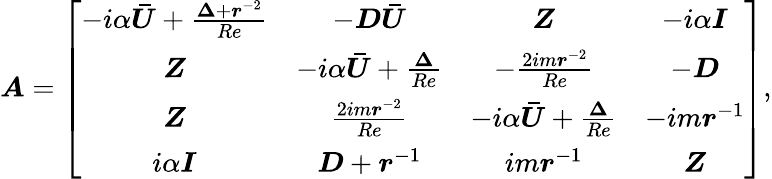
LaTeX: \boldsymbol{A}=\left[\begin{array}{cccc}{-i\alpha\boldsymbol{\bar{U}}+\frac{\boldsymbol{\Delta}+\boldsymbol{r}^{-2}}{Re}}&{-\boldsymbol{D}\boldsymbol{\bar{U}}}&{\boldsymbol{Z}}&{-i\alpha\boldsymbol{I}}\\ {\boldsymbol{Z}}&{-i\alpha\boldsymbol{\bar{U}}+\frac{\boldsymbol{\Delta}}{Re}}&{-\frac{2im\boldsymbol{r}^{-2}}{Re}}&{-\boldsymbol{D}}\\ {\boldsymbol{Z}}&{\frac{2im\boldsymbol{r}^{-2}}{Re}}&{-i\alpha\boldsymbol{\bar{U}}+\frac{\boldsymbol{\Delta}}{Re}}&{-im\boldsymbol{r}^{-1}}\\ {i\alpha\boldsymbol{I}}&{\boldsymbol{D}+\boldsymbol{r}^{-1}}&{im\boldsymbol{r}^{-1}}&{\boldsymbol{Z}}\end{array}\right]\mathrm{,}